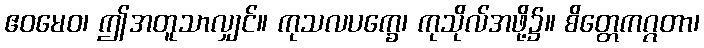
ဧဝမေဝ၊ ဤအတူသာလျှင်။ ကုသလပက္ခေ၊ ကုသိုလ်အဖို့၌။ စိတ္တေကဂ္ဂတာ၊